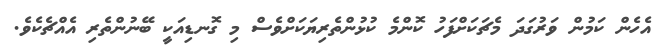
އެހެން ކަމުން ވަރުގަދަ މެޗަކަށްފަހު ކޮންމެ ކުޅުންތެރިޔަކަށްވެސް މި ގޮނޑިއަކީ ބޭނުންތެރި އެއްޗެކެވެ.